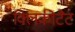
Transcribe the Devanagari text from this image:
क्लिकीटैट